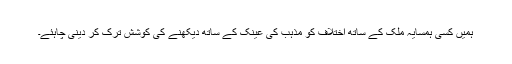
ہمیں کسی ہمسایہ ملک کے ساتھ اختلاف کو مذہب کی عینک کے ساتھ دیکھنے کی کوشش ترک کر دینی چاہئے۔